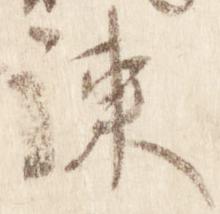
諫